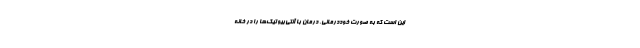
این است که به صورت خوددرمانی،‌ درمان با آنتی‌بیوتیک‌ها را در خانه